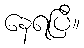
နေရပြီ။